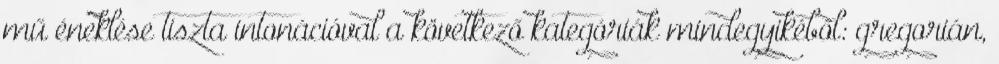
mű éneklése tiszta intonációval a következő kategóriák mindegyikéből: gregorián,